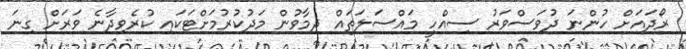
ރޯދައަށް ހުންނަ ދުވަސްވަރު ސިއްހީ މައްސަލަތައް ދިމާވުން މަދުކުރުމަށްޓަކައި ކުރެވިދާނެ ވަރަށް ގިނަ